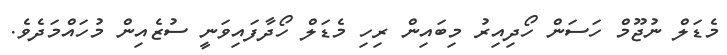
މެޑަލް ނުޖޫމް ހަސަން ހޯދިއިރު މިބައިން ރިހި މެޑަލް ހޯދާފައިވަނީ ސުޒެއިން މުހައްމަދެވެ.